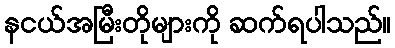
နငယ်အမြီးတိုများကို ဆက်ရပါသည်။